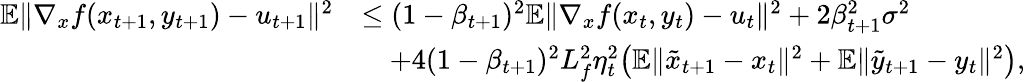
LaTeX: \begin{array}{rl}{\mathbb{E}\| \nabla_{x}f(x_{t+1},y_{t+1})-u_{t+1}\| ^{2}}&{\leq(1-\beta_{t+1})^{2}\mathbb{E}\| \nabla_{x}f(x_{t},y_{t})-u_{t}\| ^{2}+2\beta_{t+1}^{2}\sigma^{2}}\\ &{\quad+4(1-\beta_{t+1})^{2}L_{f}^{2}\eta_{t}^{2}\big(\mathbb{E}\| \tilde{x}_{t+1}-x_{t}\| ^{2}+\mathbb{E}\| \tilde{y}_{t+1}-y_{t}\| ^{2}\big),}\end{array}